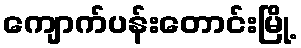
ကျောက်ပန်းတောင်းမြို့